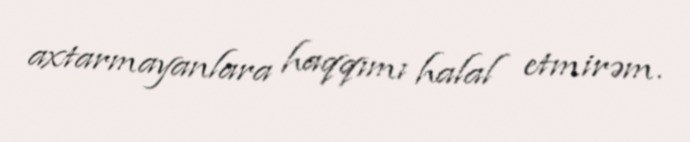
axtarmayanlara haqqımı halal etmirəm.